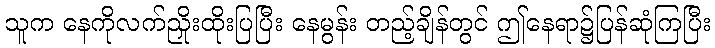
သူက နေကိုလက်ညှိုးထိုးပြပြီး နေမွန်း တည့်ချိန်တွင် ဤနေရာ၌ပြန်ဆုံကြပြီး